Source: Handwritten
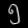
Digit: ၅ (5)